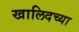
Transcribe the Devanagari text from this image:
खालिदच्या